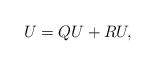
LaTeX: \begin{align*}U=QU+RU, \end{align*}